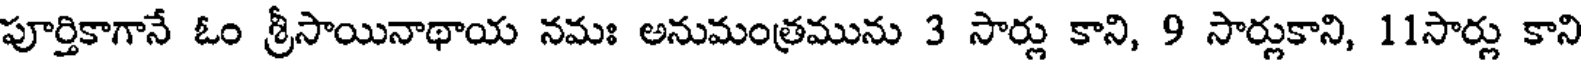
పూర్తికాగానే ఓం శ్రీసాయినాథాయ నమః అనుమంత్రమును 3 సార్లు కాని, 9 సార్లుకాని, 11సార్లు కాని